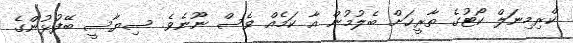
ކްރިމިނަލް ކޯޓުގެ ތާރީޚަށް ބެލުމުން އާ ކަމެއް ވެސް ނޫނެވެ. ސިޔާސީ ބޭފުޅުންގެ